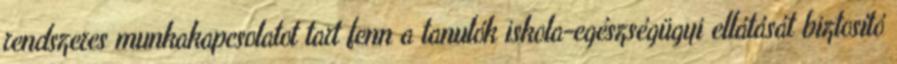
rendszeres munkakapcsolatot tart fenn a tanulók iskola-egészségügyi ellátását biztosító